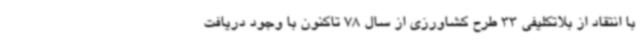
با انتقاد از بلاتکلیفی 33 طرح کشاورزی از سال 78 تاکنون با وجود دریافت